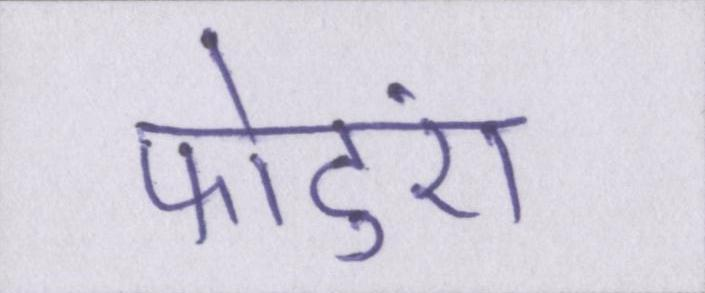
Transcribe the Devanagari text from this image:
फोटुएं